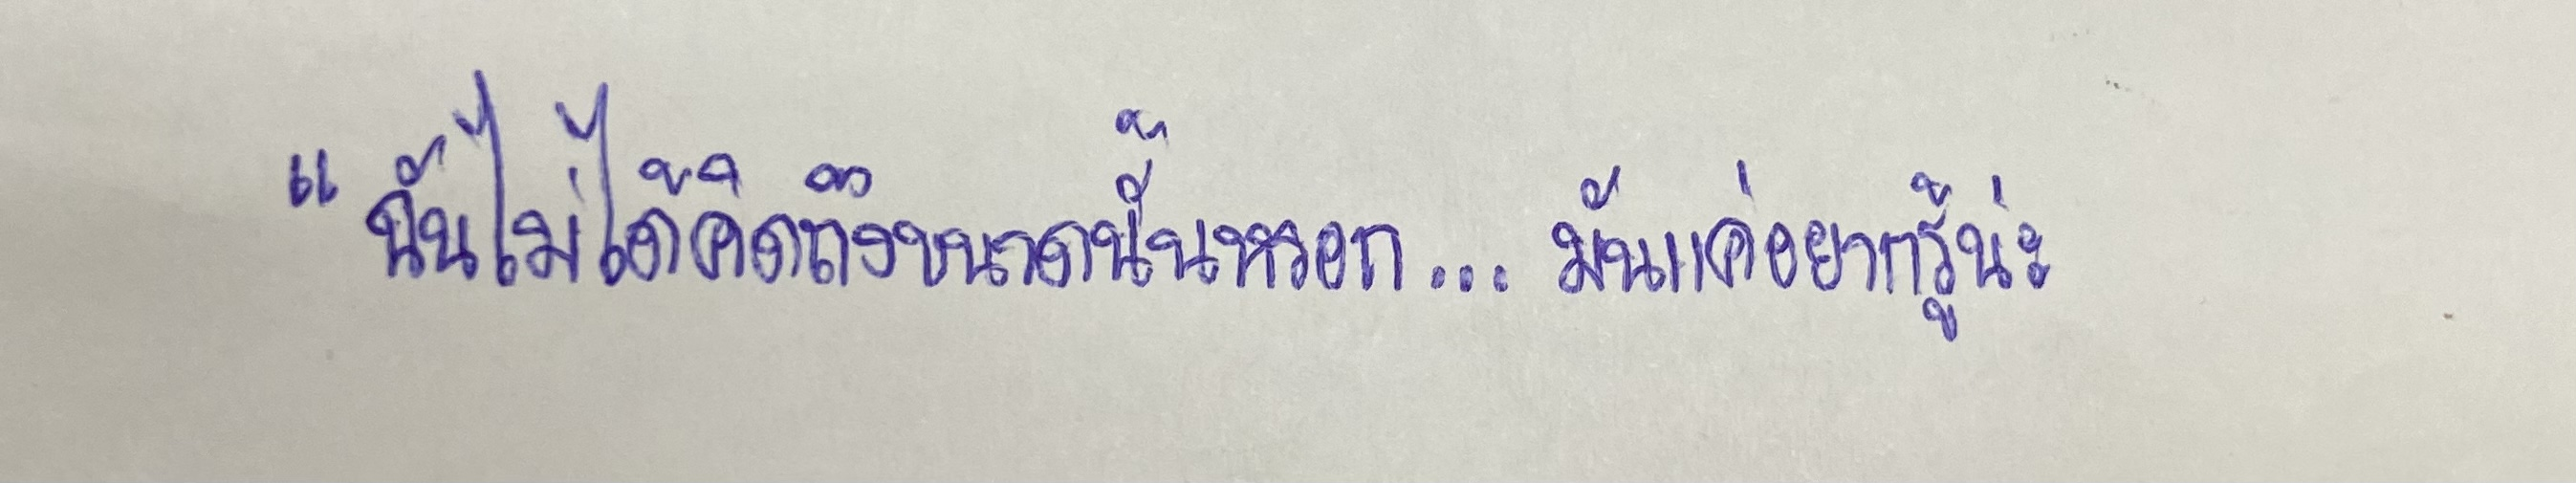
"ฉันไม่ได้คิดถึงขนาดนั้นหรอก...มันแค่อยากรู้น่ะ